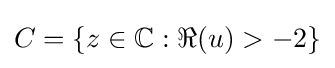
C=\{z\in \mathbb {C} :\Re (u)>-2\}